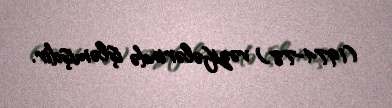
(1974-78) vəzifələrində işləmişdir.